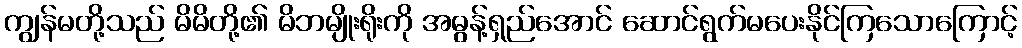
ကျွန်မတို့သည် မိမိတို့၏ မိဘမျိုးရိုးကို အဓွန့်ရှည်အောင် ဆောင်ရွက်မပေးနိုင်ကြသောကြောင့်